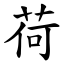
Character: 荷